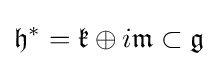
{\mathfrak {h}}^{*}={\mathfrak {k}}\oplus i{\mathfrak {m}}\subset {\mathfrak {g}}